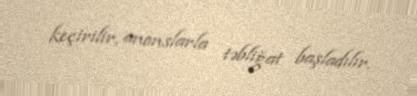
keçirilir, anonslarla təbliğat başladılır.